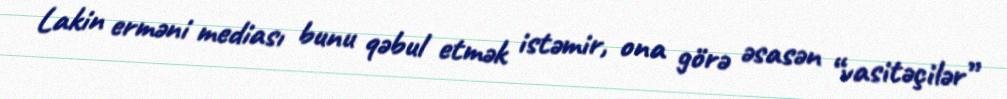
Lakin erməni mediası bunu qəbul etmək istəmir, ona görə əsasən “vasitəçilər”